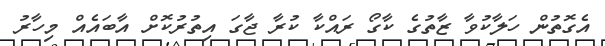
އެގޮތުން ހަލާކުވާ ޒާތުގެ ކާގޯ ރައްކާ ކުރާ ޖާގަ އިތުރުކޮށް އާބައެއް މިހާރު